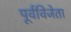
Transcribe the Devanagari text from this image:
पूर्वविजेता